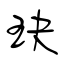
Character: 玦